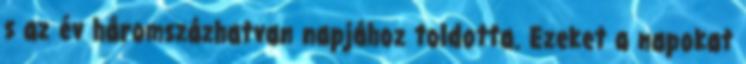
s az év háromszázhatvan napjához toldotta. Ezeket a napokat